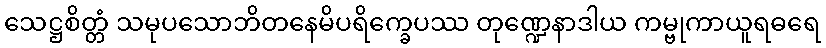
သေဋ္ဌစိတ္တံ သမုပသောဘိတနေမိပရိက္ခေပဿ တုဏ္ဍေနာဒါယ ကမ္ဗုကာယူရဓရေ